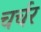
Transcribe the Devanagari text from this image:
चर्चर